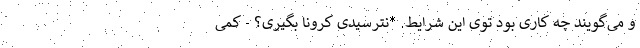
و می‌گویند چه کاری بود توی این شرایط. *نترسیدی کرونا بگیری؟ - کمی